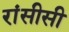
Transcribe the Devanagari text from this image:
रांसीसी